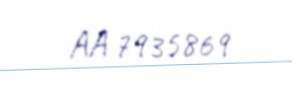
AA 7935869